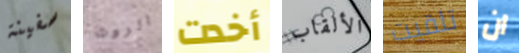
سفينة الروث أخدت الألقاب تلقيت ان